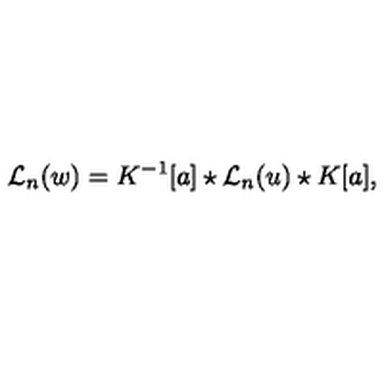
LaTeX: { { \mathcal L } _ { n } } ( w ) = K ^ { - 1 } [ a ] \star { { \mathcal L } _ { n } } ( u ) \star K [ a ] ,